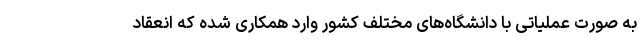
به صورت عملیاتی با دانشگاه‌های مختلف کشور وارد همکاری شده که انعقاد